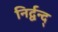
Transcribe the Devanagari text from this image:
निर्द्वन्द्